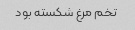
تخم مرغ شکسته بود